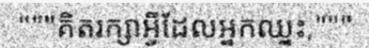
"""គិតរក្សាអ្វីដែលអ្នកឈ្នះ,"""